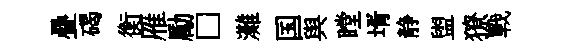
疊碣衡雁勵□灘国舆瞠壻静盥獠戰